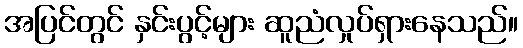
အပြင်တွင် နှင်းပွင့်များ ဆူညံလှုပ်ရှားနေသည်။